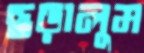
ছড়ালুম